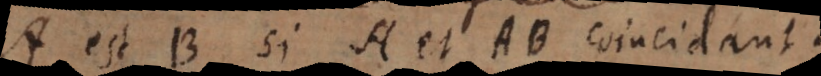
A est B si A et AB coincidant.